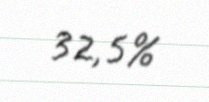
32,5%